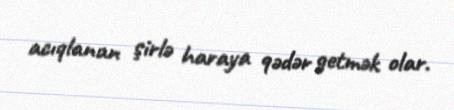
acıqlanan şirlə haraya qədər getmək olar.